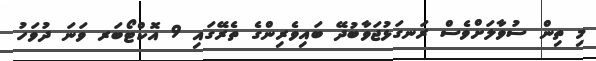
މި ތިން ސުވާލަށްވެސް ރަނގަޅުޖަވާބުދޭ ބައިވެރިންގެ ތެރޭގައި 9 އޮކްޓޯބަރ ވަނަ ދުވަހު